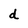
Character: d